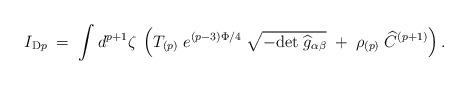
LaTeX: \begin{align*}I_{{\rm D}p} \;= \; \int d^{p+1}\zeta\; \left( T_{(p)}\; e^{(p-3)\Phi/4}\;\sqrt{-{\rm det}\;{\widehat g}_{\alpha\beta}}\; +\; \rho_{(p)}\; \widehat C^{(p+1)} \right) .\end{align*}